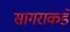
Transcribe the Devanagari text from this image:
सागराकडे